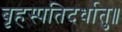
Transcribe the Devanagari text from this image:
बृहस्पतिदर्धातु॥